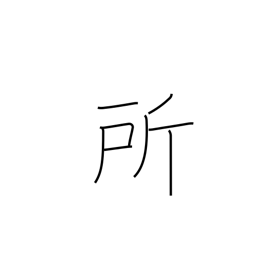
Meaning: place